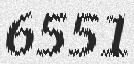
6551